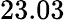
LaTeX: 23.03